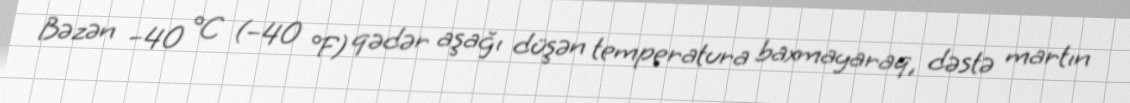
Bəzən −40 °C (−40 °F) qədər aşağı düşən temperatura baxmayaraq, dəstə martın